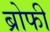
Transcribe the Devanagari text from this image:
ब्रोफी